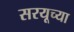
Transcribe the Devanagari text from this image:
सरयूच्या